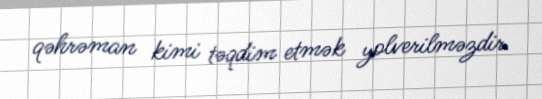
qəhrəman kimi təqdim etmək yolverilməzdir.